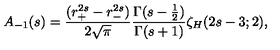
A _ { - 1 } ( s ) = { \frac { ( r _ { + } ^ { 2 s } - r _ { - } ^ { 2 s } ) } { 2 \sqrt { \pi } } } { \frac { \Gamma ( s - { \frac { 1 } { 2 } } ) } { \Gamma ( s + 1 ) } } \zeta _ { H } ( 2 s - 3 ; 2 ) ,